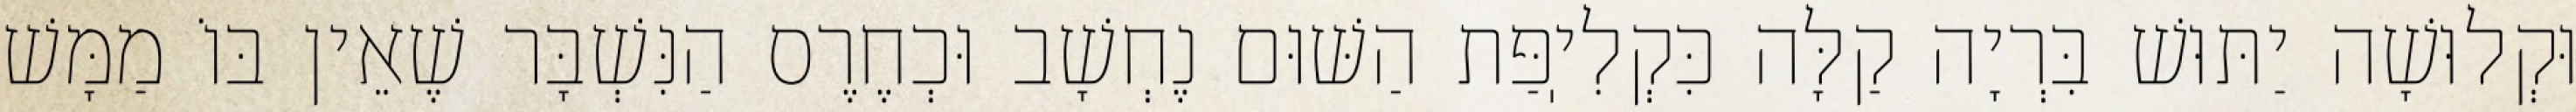
וּקְלוּשָׁה יַתּוּשׁ בִּרְיָה קַלָּה כִּקְלִיֽפַּת הַשּׁוּם נֶחְשָׁב וּכְחֶרֶס הַנִּשְׁבָּר שֶׁאֵין בּוֹ מַמָּשׁ